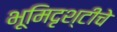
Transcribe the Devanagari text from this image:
भूमिदृश्टीचे